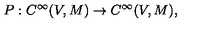
P : C ^ { \infty } ( V , M ) \rightarrow C ^ { \infty } ( V , M ) ,